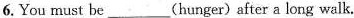
6. You must be___(hunger)after a long walk.